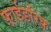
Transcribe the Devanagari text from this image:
फ़्राईडरिक